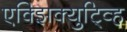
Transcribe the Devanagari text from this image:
एक्झिक्युटि्व्ह